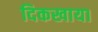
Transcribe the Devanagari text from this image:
दिकखाया